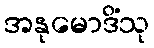
အနုမောဒိံသု